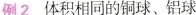
2体积相同的铜球、铝球